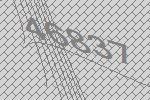
46837